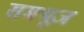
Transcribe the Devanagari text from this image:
समभूज